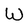
Character: W